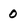
Character: 0